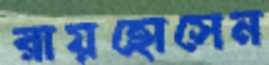
রায়হোসেন